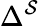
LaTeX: \Delta^{\mathcal{S}}